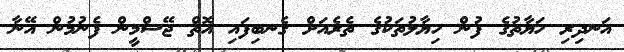
އަނދިރި ހަޔާތުގެ ފުން ހިޔާލުތަކުގެ ތެރެެއަށް ގެނބިފައި އޮތް ޖޭސްމީން ފެނުމުުން އޭނާ